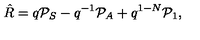
\hat { R } = q { \cal P } _ { S } - q ^ { - 1 } { \cal P } _ { A } + q ^ { 1 - N } { \cal P } _ { 1 } ,